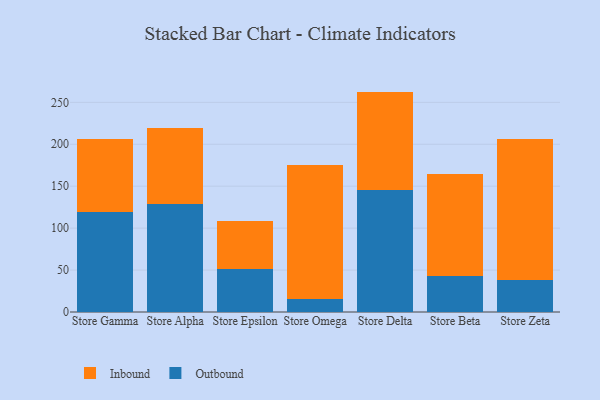
{"axis": {"x": "Store", "y": "Net Income (USD K)"}, "legend": ["Inbound", "Outbound"], "data": [{"x": "Store Gamma", "y": 119.7, "type": "Outbound"}, {"x": "Store Gamma", "y": 86.7, "type": "Inbound"}, {"x": "Store Alpha", "y": 129.1, "type": "Outbound"}, {"x": "Store Alpha", "y": 90.0, "type": "Inbound"}, {"x": "Store Epsilon", "y": 51.2, "type": "Outbound"}, {"x": "Store Epsilon", "y": 57.0, "type": "Inbound"}, {"x": "Store Omega", "y": 15.3, "type": "Outbound"}, {"x": "Store Omega", "y": 160.0, "type": "Inbound"}, {"x": "Store Delta", "y": 145.8, "type": "Outbound"}, {"x": "Store Delta", "y": 117.0, "type": "Inbound"}, {"x": "Store Beta", "y": 43.0, "type": "Outbound"}, {"x": "Store Beta", "y": 122.1, "type": "Inbound"}, {"x": "Store Zeta", "y": 38.4, "type": "Outbound"}, {"x": "Store Zeta", "y": 167.9, "type": "Inbound"}]}